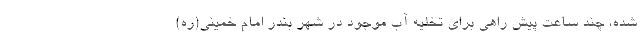
شده، چند ساعت پیش راهی برای تخلیه آب موجود در شهر بندر امام خمینی(ره)